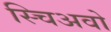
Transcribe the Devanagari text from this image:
स्चिअवो